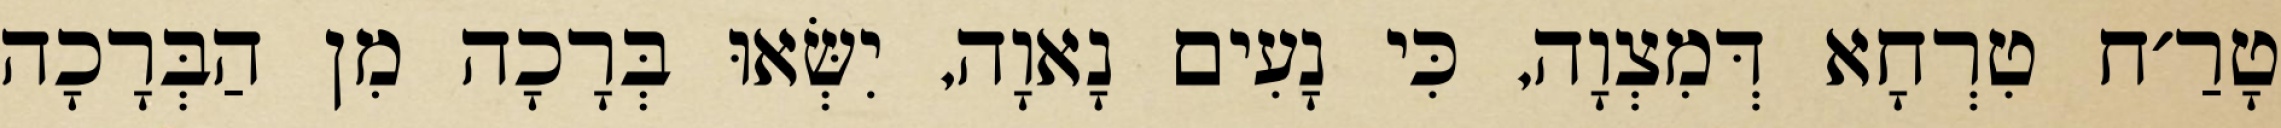
טָרַ׳ח טִרְחָא דְּמִצְוָה, כִּי נָעִים נָאוָה, יִשְּׂאוּ בְּרָכָה מִן הַבְּרָכָה